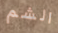
الشم